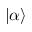
\left\vert \alpha \right\rangle